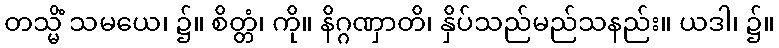
တသ္မိံ သမယေ၊ ၌။ စိတ္တံ၊ ကို။ နိဂ္ဂဏှာတိ၊ နှိပ်သည်မည်သနည်း။ ယဒါ၊ ၌။